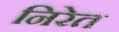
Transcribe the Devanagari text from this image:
निरेत